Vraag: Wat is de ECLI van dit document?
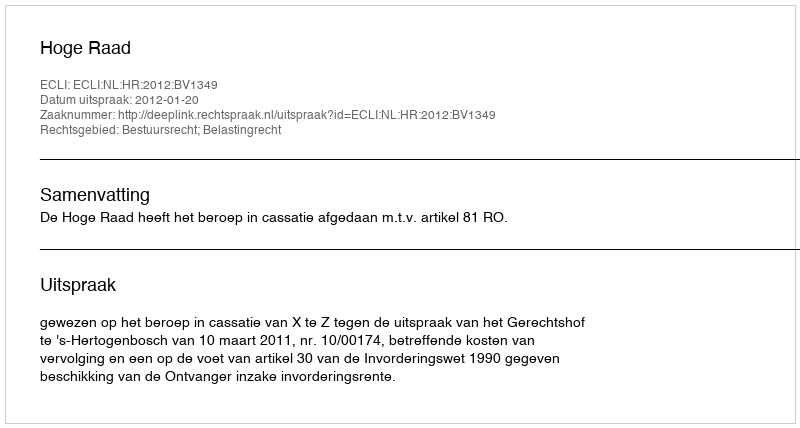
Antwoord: ECLI:NL:HR:2012:BV1349